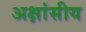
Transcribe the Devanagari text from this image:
अक्षांसीय